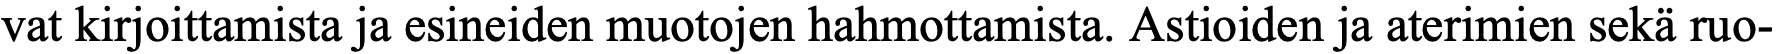
vat kirjoittamista ja esineiden muotojen hahmottamista. Astioiden ja aterimien sekä ruo-